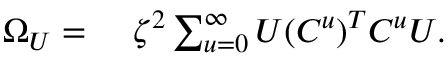
\begin{array} { r l } { \Omega _ { U } = } & { { } \ \zeta ^ { 2 } \sum _ { u = 0 } ^ { \infty } { U ( C ^ { u } ) ^ { T } C ^ { u } U } . } \end{array}